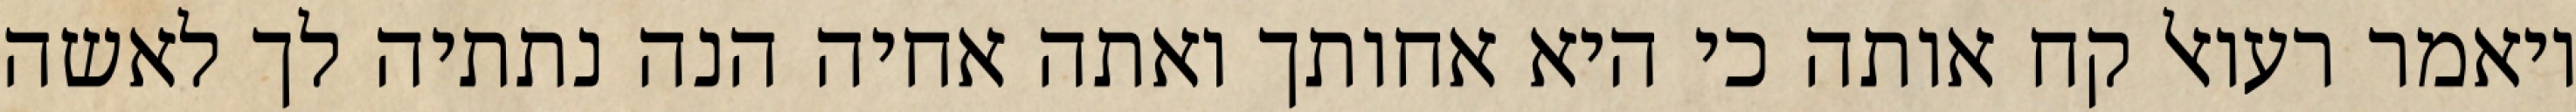
ויאמר רעואל קח אותה כי היא אחותך ואתה אחיה הנה נתתיה לך לאשה